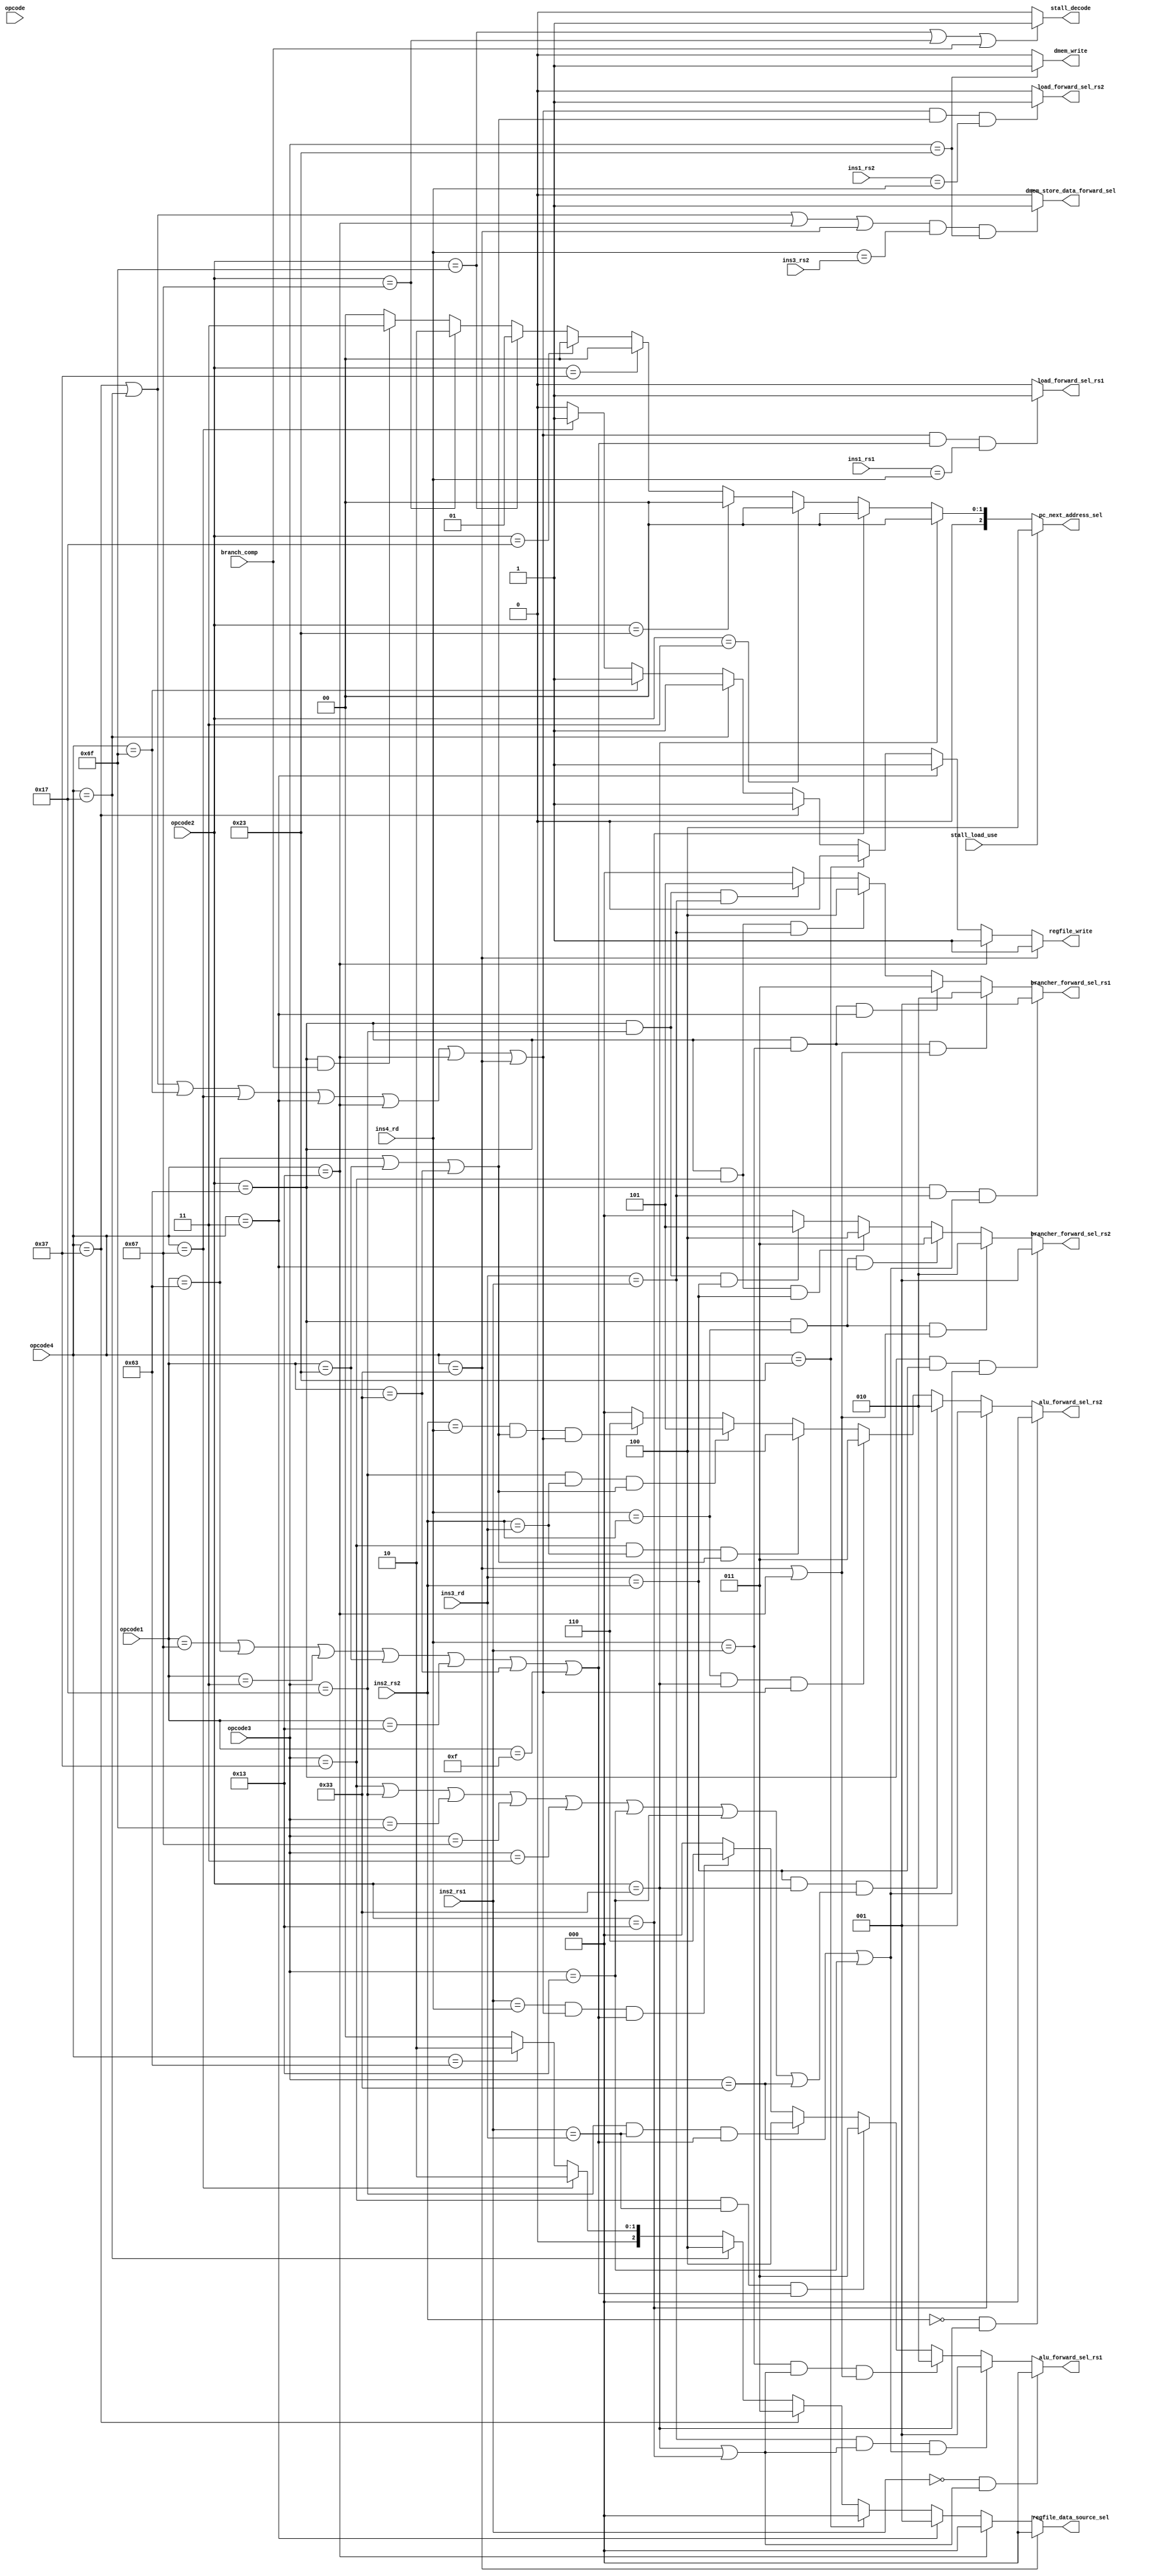
module control(opcode, opcode1, opcode2, opcode3, opcode4, ins4_rd, ins3_rd, ins2_rs1, ins2_rs2,  ins3_rs2, ins1_rs1, ins1_rs2, branch_comp, stall_load_use, load_forward_sel_rs1, load_forward_sel_rs2, pc_next_address_sel, regfile_data_source_sel, dmem_write, regfile_write, alu_forward_sel_rs1, alu_forward_sel_rs2, brancher_forward_sel_rs1, brancher_forward_sel_rs2, stall_decode, dmem_store_data_forward_sel);
// TODO see if adding ECALL and other special instructions breaks the current
// forwarding logic
	input [6:0] opcode, opcode1, opcode2, opcode3, opcode4;
	input [4:0] ins4_rd, ins3_rd, ins2_rs1, ins2_rs2, ins3_rs2, ins1_rs1, ins1_rs2;
	input branch_comp, stall_load_use;

	output [2:0] pc_next_address_sel;
	// 5 possible outputs for regfile; So 3 bits to select
	output [2:0] regfile_data_source_sel;
	output dmem_write, regfile_write, stall_decode;
	// 3 possible selections; Either rs1 depends on val from ins3 or ins4 or
	// doesn't depend on any; So 2 bits to select
	output [2:0] alu_forward_sel_rs1, alu_forward_sel_rs2, brancher_forward_sel_rs1, brancher_forward_sel_rs2;
	output dmem_store_data_forward_sel, load_forward_sel_rs1, load_forward_sel_rs2;

	// utility wires to avoid repeating myself
	wire ins1_has_rs2, ins1_has_rs1, ins2_has_rs2, ins2_has_rs1, ins4_has_rd;
	assign ins1_has_rs2 = (opcode1 == 7'b1100011 || opcode1 == 7'b0100011 || opcode1 == 7'b0110011);

	assign ins1_has_rs1 = (opcode1 == 7'b1100111 || opcode1 == 7'b1100011 ||
						   opcode1 == 7'b0000011 || opcode1 == 7'b0100011 ||
						   opcode1 == 7'b0010011 || opcode1 == 7'b0110011 ||
						   opcode1 == 7'b0001111);

	assign ins2_has_rs2 = (opcode1 == 7'b1100011 || opcode1 == 7'b0100011 || opcode1 == 7'b0110011);

	assign ins2_has_rs1 = (opcode1 == 7'b1100111 || opcode1 == 7'b1100011 ||
						   opcode1 == 7'b0000011 || opcode1 == 7'b0100011 ||
						   opcode1 == 7'b0010011 || opcode1 == 7'b0110011 ||
						   opcode1 == 7'b0001111);

	assign ins4_has_rd = (opcode4 == 7'b0110111 || opcode4 == 7'b0010111 ||
						  opcode4 == 7'b1101111 || opcode4 == 7'b1100111 ||
						  opcode4 == 7'b0000011 || opcode4 == 7'b0010011 ||
						  opcode4 == 7'b0010011 || opcode4 == 7'b0110011);

	assign ins3_has_rd = (opcode3 == 7'b0110111 || opcode3 == 7'b0010111 ||
						  opcode3 == 7'b1101111 || opcode3 == 7'b1100111 ||
						  opcode3 == 7'b0000011 || opcode3 == 7'b0010011 ||
						  opcode3 == 7'b0010011 || opcode3 == 7'b0110011);


	// pc + 4, jal, jalr, branch
	// 0     , 1  , 2   , 3
	assign pc_next_address_sel = stall_load_use ? 4 :
		                         opcode2 == 7'b0110011 ? 0 : // r-type add, sub
		                         opcode2 == 7'b0010011 ? 0 : // i-type addi, subi
								 opcode2 == 7'b0000011 ? 0 : // loads
								 opcode2 == 7'b0100011 ? 0 : // stores
								 opcode2 == 7'b0110111 ? 0 : // lui
								 opcode2 == 7'b0010111 ? 0 : // auipc
								 opcode2 == 7'b1101111 ? 1 : // jal
								 opcode2 == 7'b1100111 ? 2 : // jalr
								 opcode2 == 7'b1100011 && branch_comp ? 3 : 0; // branches

	// alu, dmem out, pc + 4, lui, auipc
	// 0  , 1       , 2     , 3  , 4
	assign regfile_data_source_sel = opcode4 == 7'b0110011 ? 0 : // r-type add, sub
		                             opcode4 == 7'b0010011 ? 0 : // i-type addi, subi
								     opcode4 == 7'b0000011 ? 1 : // loads
								     opcode4 == 7'b0100011 ? 0 : // stores
								     opcode4 == 7'b0110111 ? 3 : // lui
								     opcode4 == 7'b0010111 ? 4 : // auipc
								     opcode4 == 7'b1100111 ? 2 : // jal
								     opcode4 == 7'b1100011 ? 2 : // jalr
								     opcode4 == 7'b1100011 ? 0 : 0; // branches

	assign dmem_write = opcode3 == 7'b0100011 ? 1 : 0; // stores
	
	assign regfile_write = opcode4 == 7'b0110011 ? 1 : // r-type add, sub
		                   opcode4 == 7'b0010011 ? 1 : // i-type addi, subi
						   opcode4 == 7'b0000011 ? 1 : // loads
						   opcode4 == 7'b0100011 ? 0 : // stores
						   opcode4 == 7'b0110111 ? 1 : // lui
						   opcode4 == 7'b0010111 ? 1 : // auipc
						   opcode4 == 7'b1101111 ? 1 : // jal
						   opcode4 == 7'b1100111 ? 1 : 0; // jalr

	assign alu_forward_sel_rs1 = ins2_rs1 == 0  && (opcode2 ==  7'b0110011 || opcode2 == 7'b0010011) ? 0 :
		                         ins3_rd == ins2_rs1 && (opcode2 == 7'b0110011 || opcode2 ==  7'b0010011) && (opcode3 == 7'b0110011 || opcode3 ==  7'b0010011) ? 1 : 
	                             ins4_rd == ins2_rs1 && (opcode2 == 7'b0110011 || opcode2 ==  7'b0010011) && (opcode4 == 7'b0110011 || opcode4 ==  7'b0010011) ? 2 :
								 (opcode3 == 7'b0110111 && ins2_rs1 == ins3_rd) && ins2_has_rs1 ? 3 : 
								 opcode3 == 7'b0010111 && ins2_rs1 == ins3_rd  && ins2_has_rs1? 4 : 
								 ins2_rs1 == ins4_rd && ins4_has_rd && ins2_has_rs1? 6 : 0;

							 // after I'm finished with adding the logic
							 // related to lui, also do it with auipc
	// 0 is rs2_2
	// 1 is immediate
	// 3 is alu_out3
	// 4 is alu_out4
	// 5 is lui_val3
	// 6 is auipc_val3
	assign alu_forward_sel_rs2 = ins2_rs2 == 5'b00000 && opcode2 == 7'b0110011 ? 0 :
		                         opcode2 == 7'b0010011 ? 1 : // immediate
	                             (ins3_rd == ins2_rs2 && opcode2 == 7'b0110011) && ins3_has_rd ? 2 : // R-type
								 (ins4_rd == ins2_rs2 && opcode2 == 7'b0110011) && ins4_has_rd ? 3 : 
								 opcode3 == 7'b0110111 && ins2_rs2 == ins3_rd && ins2_has_rs2 ? 4 : 
								 opcode3 == 7'b0010111 && ins2_rs2 == ins3_rd && ins2_has_rs2 ? 5 : 
								 ins2_rs2 == ins4_rd && ins2_has_rs2 && ins4_has_rd ? 6 : 0;


	// 1 is take alu_out3
	// 2 is take alu_out4
	// 3 is take dmem_out4
	// 0 is regular behaviour
	assign brancher_forward_sel_rs1 = opcode2 == 7'b1100011 && (ins3_rd == ins2_rs1) && (opcode3 == 7'b0110011 || opcode3 == 7'b0010011) ? 1 : 
		                              opcode2 == 7'b1100011 && ins4_rd == ins2_rs1 && (opcode4 == 7'b0110011 || opcode4 == 7'b0010011) ? 2 : 
									  opcode2 == 7'b1100011 && ins4_rd == ins2_rs1 && opcode4 == 7'b0000011 ? 3 : 
								      opcode2 == 7'b1100011 && opcode3 == 7'b0110111 && ins3_rd == ins2_rs1 ? 4 : 
									  opcode2 == 7'b1100011 && opcode3 == 7'b0010111 && ins3_rd == ins2_rs1 ? 5 : 0;

	assign brancher_forward_sel_rs2 = opcode2 == 7'b1100011 && (ins3_rd == ins2_rs2) && (opcode3 == 7'b0110011 || opcode3 == 7'b0010011) ? 1 : 
		                              opcode2 == 7'b1100011 && ins4_rd == ins2_rs2 && (opcode4 == 7'b0110011 || opcode4 == 7'b0010011) ? 2 : 
									  opcode2 == 7'b1100011 && ins4_rd == ins2_rs2 && opcode4 == 7'b0000011 ? 3 :
								      opcode2 == 7'b1100011 && opcode3 == 7'b0110111 && ins3_rd == ins2_rs2 ? 4 : 
									  opcode2 == 7'b1100011 && opcode3 == 7'b0010111 && ins3_rd == ins2_rs2 ? 5 : 0;

	assign stall_decode = opcode2 == 7'b1101111 || opcode2 == 7'b1100111 || branch_comp ? 1 : 0;

	// if the instruction at t - 1 (i.e. at the next pipeline stage) is of
	// U/R/I-type (because they can alter regfile results) and my rs2 (which
	// corresponds to what's feeding the data bus in store instructions) is
	// equal to the instruction at t - 1's rd, then forward;
	assign dmem_store_data_forward_sel = (opcode4 == 7'b0110111 || opcode4 == 7'b0010111 || opcode4 == 7'b0010011 || opcode4 == 7'b0110011) && ins4_rd == ins3_rs2 && opcode3 == 7'b0100011 ? 1 : 0;

	// if at the wb stage I have a load instruction and my current instruction
	// needs any type of register access for rs1 and it coincides with the rd
	// from the load instruction, forward -> TODO this shouldn't work, it makes no
	// sense; I'm going to rewrite the entire logic behind it and if it breaks
	// I should come back here later
//	assign load_forward_sel_rs1 = opcode4 == 7'b0000011 && (opcode1 == 7'b1100011 || opcode1 == 7'b0000011 || opcode1 == 7'b0010011 || opcode1 == 7'b0110011 || opcode1 == 7'b0100011) && ins1_rs1 == ins4_rd ? 1 : 0;
//	assign load_forward_sel_rs2 = opcode4 == 7'b0000011 && (opcode1 == 7'b1100011 || opcode1 == 7'b0110011 || opcode1 == 7'b0100011) && ins1_rs2 == ins4_rd ? 1 : 0;
	
	// if at the WB stage I have ANY destination register (i.e. rd field) and
	// my current instruction at ID depends on the result that will be
	// only written back on the next clock, then I need to forward the data that's being fed into the regfile in this clock cycle
	assign load_forward_sel_rs1 = ins4_has_rd && ins1_has_rs1 && (ins1_rs1 == ins4_rd) ? 1 : 0;
	assign load_forward_sel_rs2 =  ins4_has_rd && ins1_has_rs2 && (ins1_rs2 == ins4_rd) ? 1 : 0;
endmodule